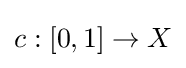
c:[0,1]\to X